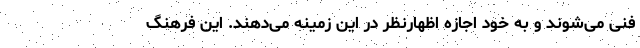
فنی می‌شوند و به خود اجازه اظهارنظر در این زمینه می‌دهند. این فرهنگ